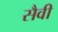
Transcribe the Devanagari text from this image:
सैवी